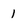
Character: 1